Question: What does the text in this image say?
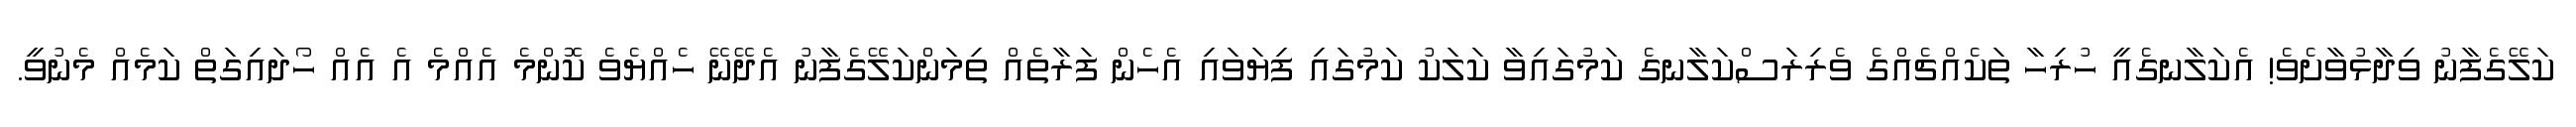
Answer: ކަލޭގެފާނު ވިދާޅުވާށެވެ! އެކަލާނގެއީ ހުރިހާ ތަކެއްޗެއްގެ ވެރިރަސްކަލާނގެ ކަމުގައިވާ ކަލަކު ކަމުގައި ފިޔަވައި އެހެން ފަރާތެއް ތިމަންކަލޭގެފާނު އެދޭނޭ ހެއްޔެވެ ކޮންމެ އެއްމެ އެ އެއް ހޯދައިގަތް ކަމެއް މެނުވީ.